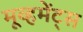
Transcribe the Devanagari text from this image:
मूव्हमेंट्स